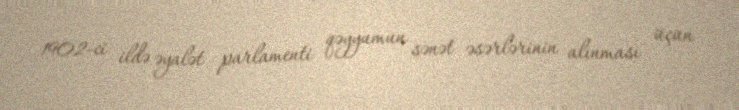
1902-ci ildə əyalət parlamenti qəyyumun sənət əsərlərinin alınması üçün